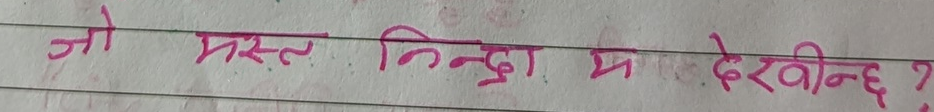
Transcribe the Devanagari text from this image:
जो मस्त निन्द्रा म देखिन्छ ?